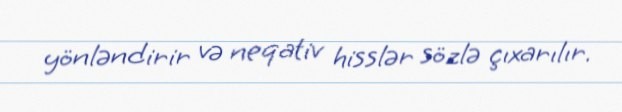
yönləndirir və neqativ hisslər sözlə çıxarılır.